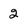
Character: 2